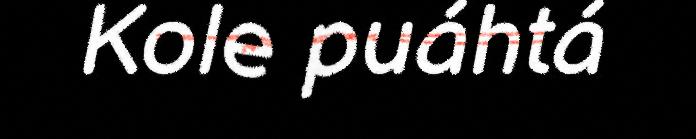
Kole puáhtá